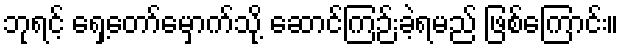
ဘုရင့် ရှေ့တော်မှောက်သို့ ဆောင်ကြဉ်းခဲ့ရမည် ဖြစ်ကြောင်း။